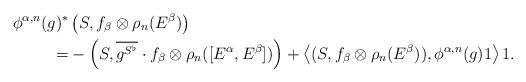
LaTeX: \begin{align*}\phi^{\alpha,n}(g)^\ast &\left(S, f_\beta \otimes \rho_{n}(E^\beta) \right) \\=& - \left(S, \overline{g^{S^\flat}} \cdot f_\beta \otimes \rho_n([E^\alpha,E^\beta]) \right) + \left\langle (S, f_\beta \otimes \rho_{n}(E^\beta)), \phi^{\alpha,n}(g) 1 \right\rangle 1.\end{align*}